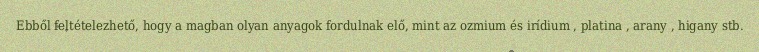
Ebből feltételezhető, hogy a magban olyan anyagok fordulnak elő, mint az ozmium és irídium , platina , arany , higany stb.